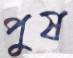
পুষ